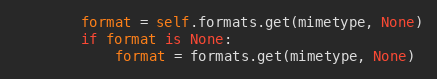
Language: Python
		format = self.formats.get(mimetype, None)
		if format is None:
			format = formats.get(mimetype, None)